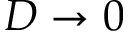
D \rightarrow 0